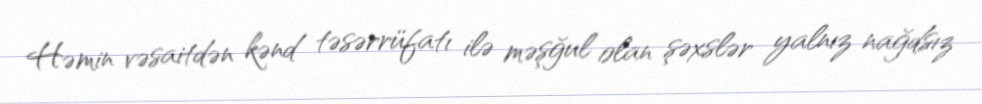
Həmin vəsaitdən kənd təsərrüfatı ilə məşğul olan şəxslər yalnız nağdsız